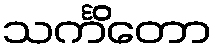
သင်္ကိတော